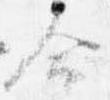
命